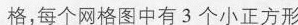
格，每个网格图中有3个小正方形